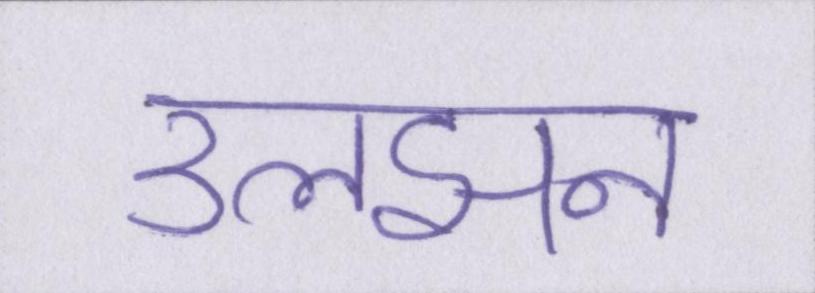
उलझन